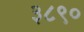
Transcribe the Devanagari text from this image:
३८९०